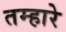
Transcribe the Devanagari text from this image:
तम्हारे